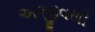
અજીવથી